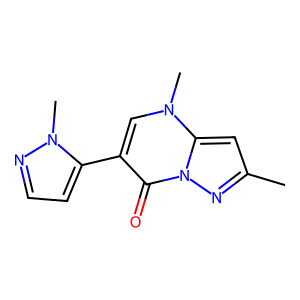
SMILES: Cc1cc2n(C)cc(-c3ccnn3C)c(=O)n2n1
Inhibits HIV replication: No